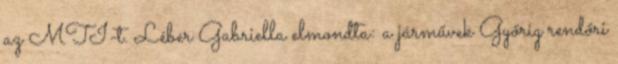
az MTI-t. Léber Gabriella elmondta: a járművek Győrig rendőri